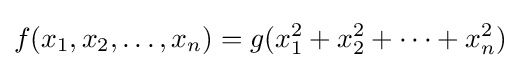
f(x_{1},x_{2},\dots ,x_{n})=g(x_{1}^{2}+x_{2}^{2}+\dots +x_{n}^{2})